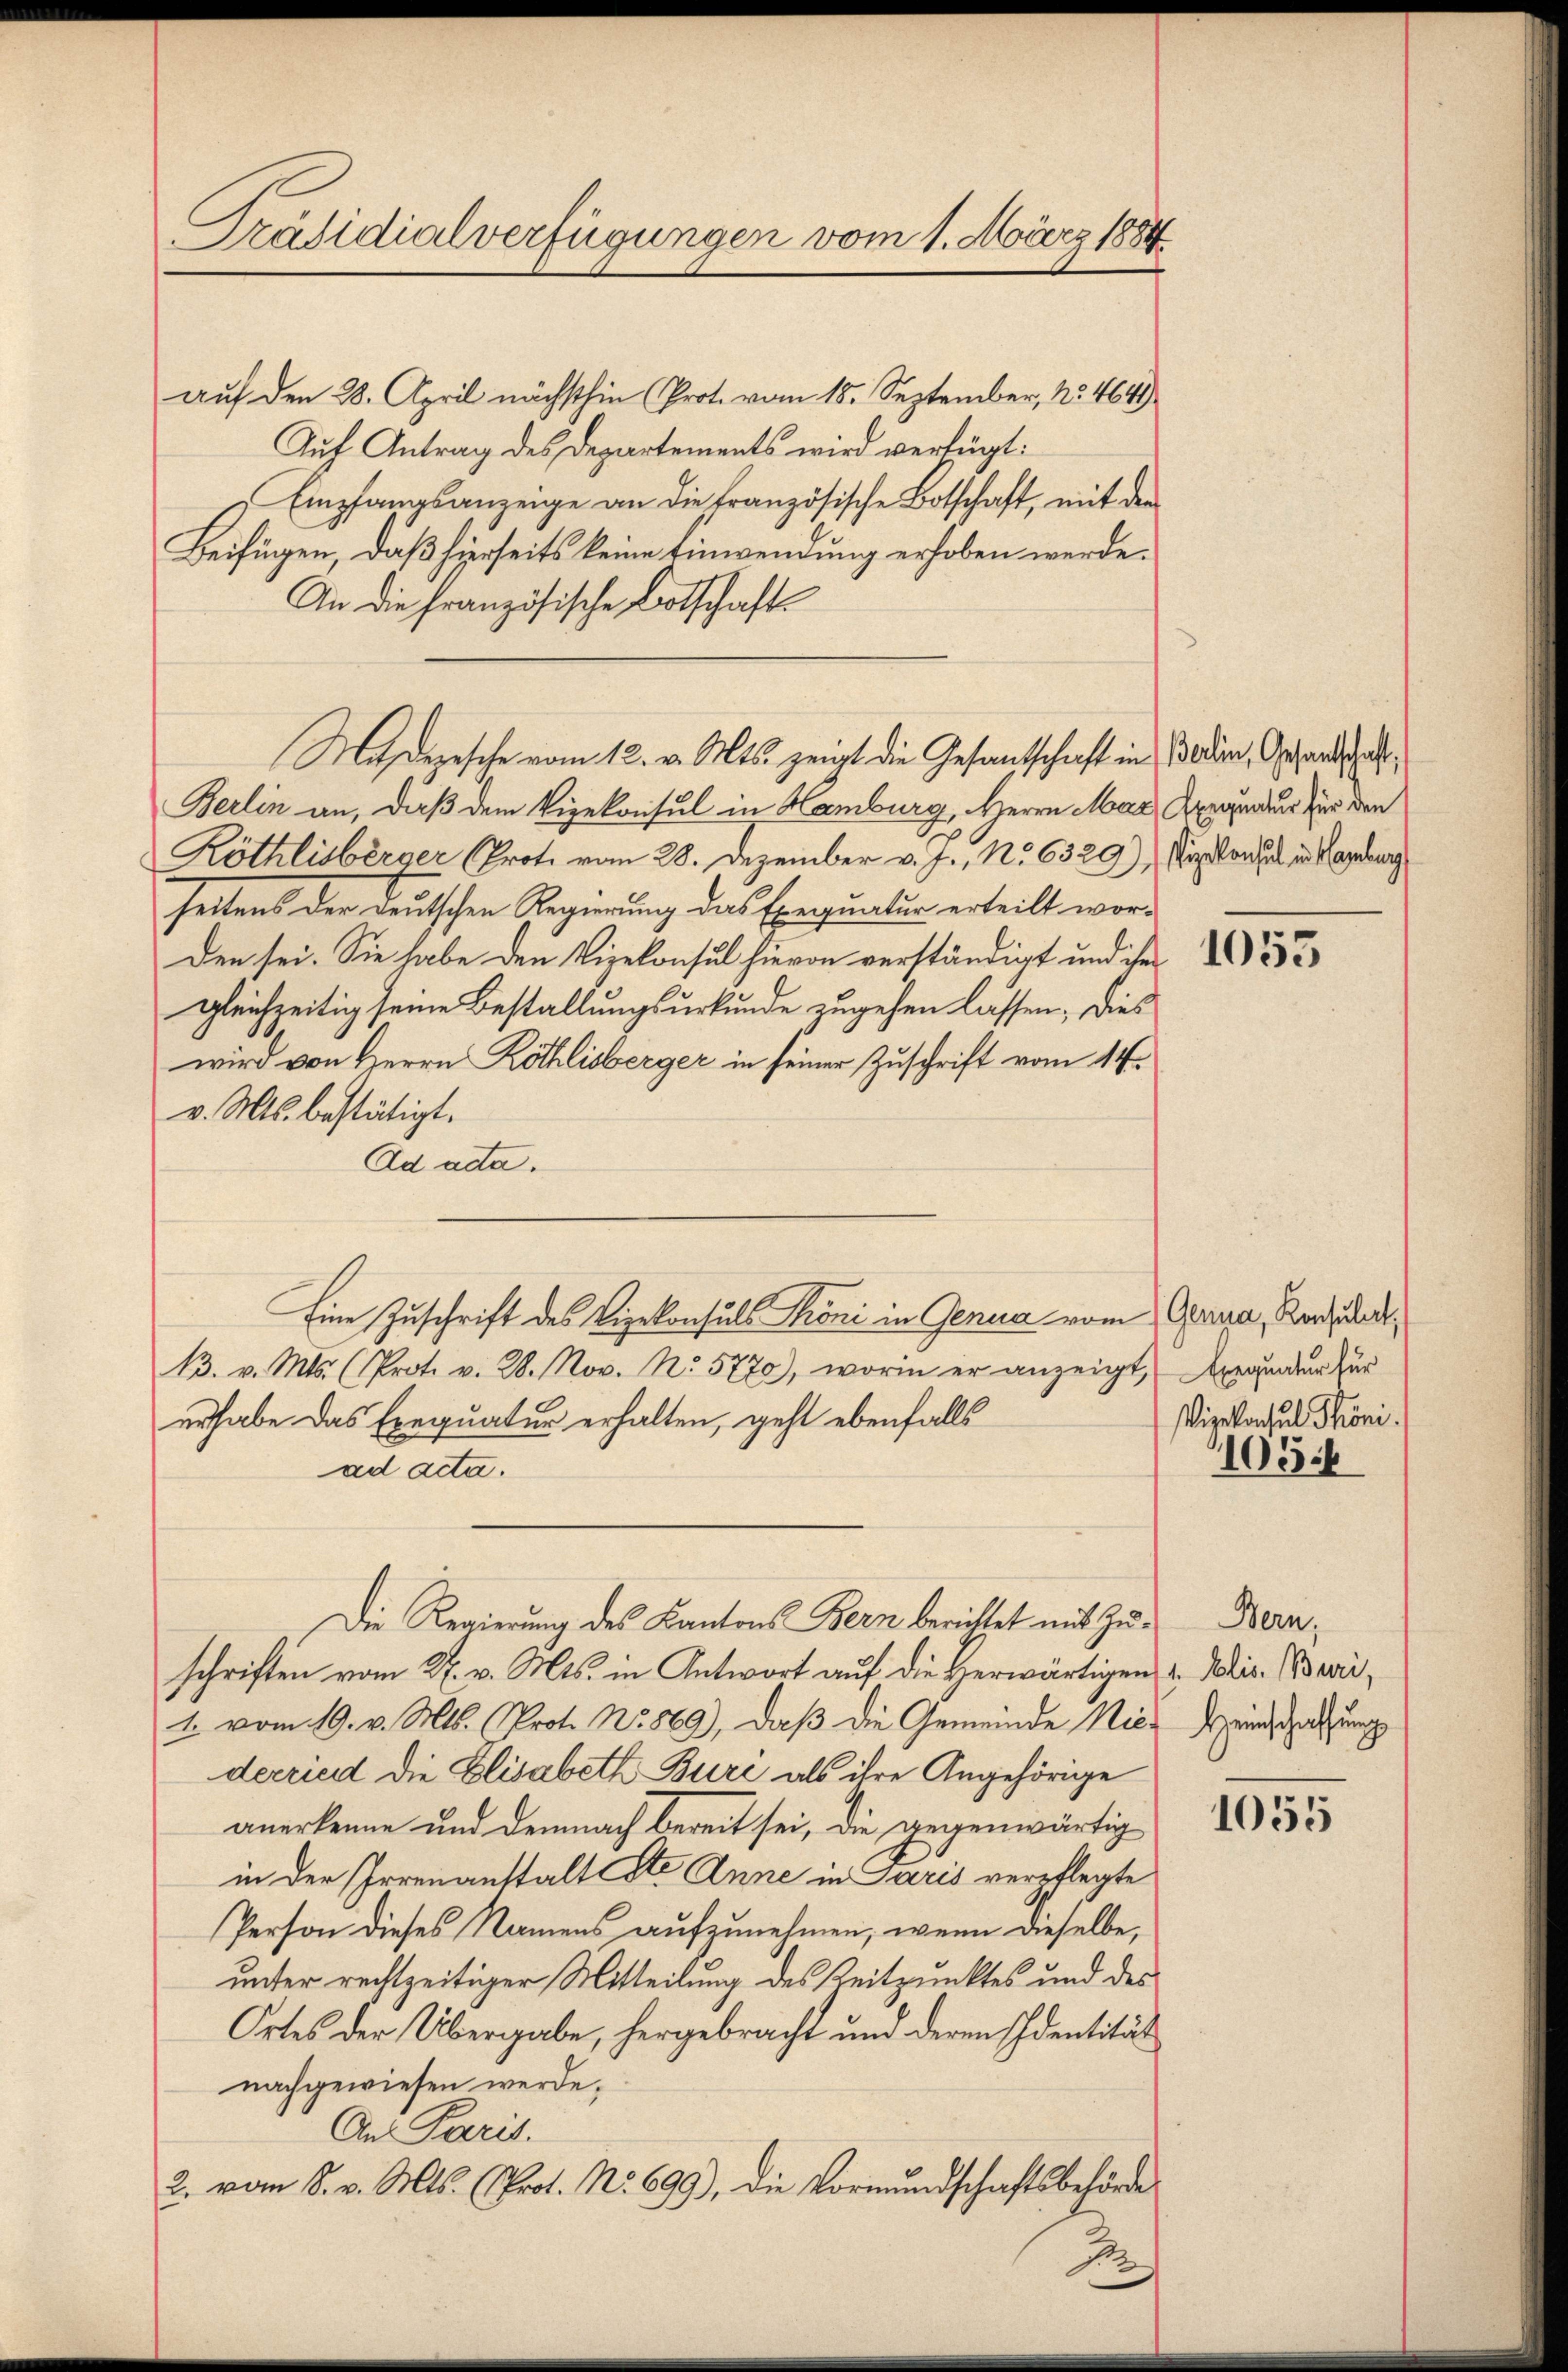
Präsidialverfügungen vom 1. März 1884

auf den 28. April nächsthin (Prot. vom 18. September, No 464
Auf Antrag des Departements wird verfügt:
Empfangsanzeige an die französische Botschaft, mit den
Beifügen, daß hierseits keine Einwendung erhoben werde.
An die französische Botschaft
Berlin an, daß dem Vizekonsul in Hamburg, Herrn Mar Anwendung für den
Röthlisberger (Prote vom 28. Dezember v. J., No 6329), Sie konsul in Handlung
heitens der deutschen Regierung das Ereignatur erteilt worden sei. Sie habe den Vizekonsul hievon verständigt und ihm
gleichzeitig seine Bestallungsurkunde zugehen lassen; dies
wird von Herrn Röthlisberger in seiner Zuschrift vom 14.
v. Mts. bestätigt.
Ad acta.
13. v. Mts. (Prot. v. 28. Nov. No. 5770), worin er anzeigt, Arrander zur
erhabe das Exequatur erhalten, geht ebenfalls
ad acta.
Die Regierung des Kantons Bern berichtet mit Zuschriften vom 27. v. Mts. in Antwort auf die Herwärtigen
1. vom 19. v. Mts. (Prot. No. 869), daß die Gemeinde Niederried die Elisabeth Bure als ihre Angehörige
anerkenne und demnach bereit sei, die gegenwärtig
in der Irrenanstalt St. Anne in Paris verpflegte
Person dieses Namens aufzunehmen, wenn dieselbe,
unter rechtzeitiger Mitteilung des Zeitpunktes und des
Ortes der Übergabe, hergebracht und deren Identität
nachgewiesen werde.
An Paris.
2. vom 8. v. Mts. (Prot. No 699), die Vormundschaftsbehörde
J

Madepesche vom 12. v. Mts. zeigt die Gesandtschaft in Boden, Gesandtschal¬

Eine Zuschrift des Vizekonsuls Toni in Genua vom Gerna, Kandida¬

1053

Vizekonsul Throni.

105

Bern,
1. Polis. Buri,
Heinschaffung

1055